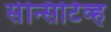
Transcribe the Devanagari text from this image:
सेन्सिटिव्ह